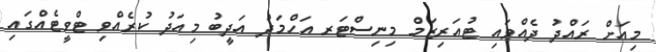
މިއަށް ރައްދު ދެއްވައި ޓުއަރިޒަމް މިނިސްޓަރ އަހްމަދު އަދީބު މިއަދު ކުރެއްވި ޓްވީޓެއްގައި